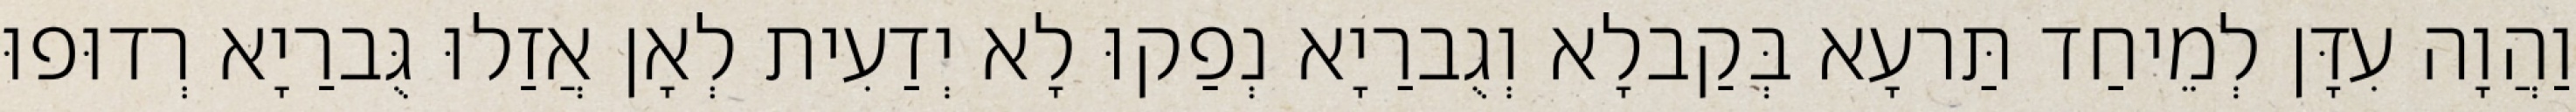
וַהֲוָה עִדָּן לְמֵיחַד תַּרעָא בְּקַבלָא וְגֻברַיָא נְפַקוּ לָא יְדַעִית לְאָן אֲזַלוּ גֻּברַיָא רְדוּפוּ